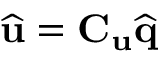
\widehat { \mathbf { u } } = \mathbf { C } _ { \mathbf { u } } \widehat { \mathbf { q } }